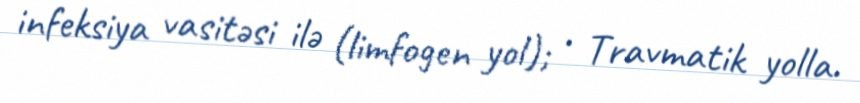
infeksiya vasitəsi ilə (limfogen yol); • Travmatik yolla.